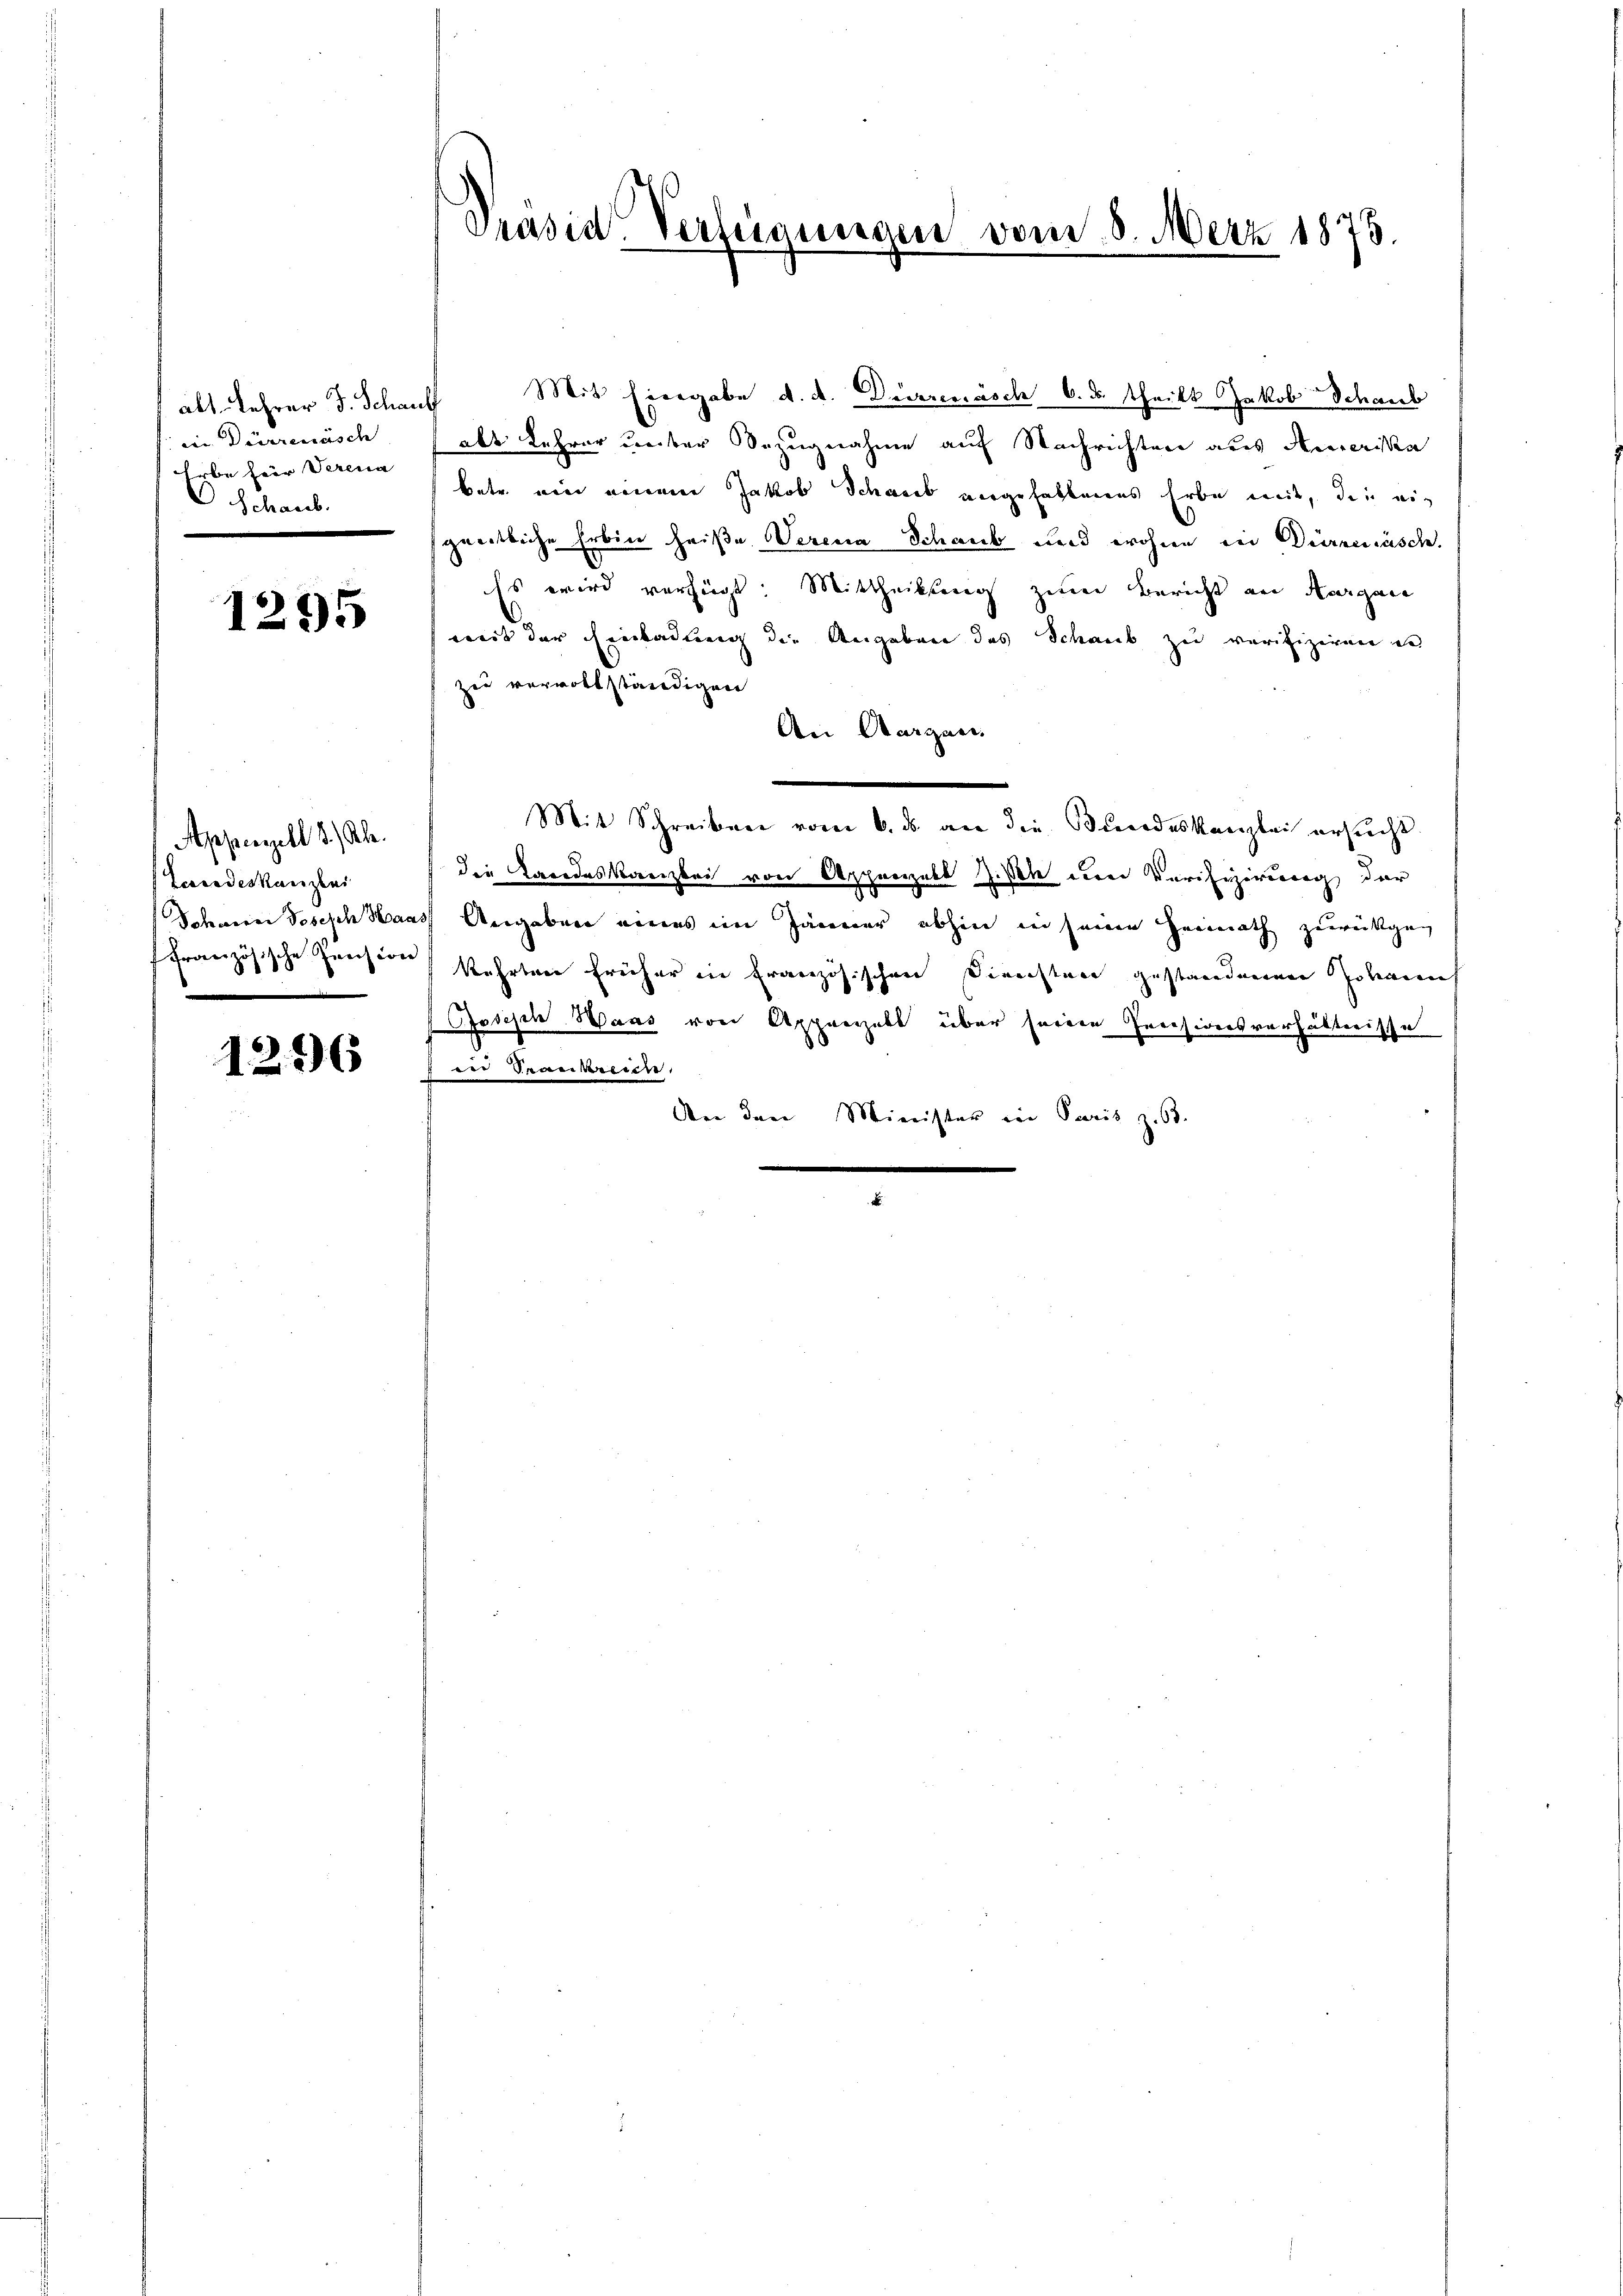
iin Dürrenäsch
Erbe fier Serena
Schaub.

1295

Appenzell 1.) Al.
Landeskanzlei
Schwerer Joseph Han

1296

alt. Lehrer F. Schauf Mit Eiergabe d. d. Dürrenäsch 6. ds. theilt Jakob Schaub
 als Lehrer unter Bezugnahme auf Nachrichten aus Amerika
betr. ein einem Jakob Schaub angehabtenes Erbe mit, die eisgeistliche Erbin heiße Verena Schaub und wohne in Dürrenäsch
ss wird verfügt. Mittheilsang zwei Bericht an Kurgane
weit der Einladung die Ungeben des Schaub zu verifiziren in
zue verrottständigen
An Aargare
Mit Schreiben vom 6. ds. an die Bundeskanzlei ersucht
die Larodeskanzlei von Appenzell Ziste der Verifizirung der
as Angaben eines im Jänner abhin in seinen Heimath zurückgen
ffranzösische Pension kehrten früher in Französischen Diensten gestandenen Johann
Joseph Haas von Appregelt über seine Pensionsverhältnisse
 der Frankreich
An den Minister in Paris z. 63.

Präsid Verfügungen vom 8. Merz 1875.